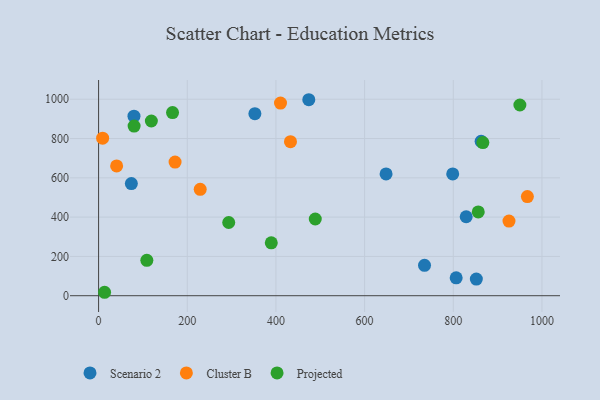
{"axis": {"x": "Study Hours", "y": "Yield"}, "legend": ["Cluster B", "Projected", "Scenario 2"], "data": [{"x": "806.5", "y": 90.9, "type": "Scenario 2"}, {"x": "73.9", "y": 570.7, "type": "Scenario 2"}, {"x": "829.1", "y": 402.0, "type": "Scenario 2"}, {"x": "648.4", "y": 619.6, "type": "Scenario 2"}, {"x": "79.8", "y": 914.0, "type": "Scenario 2"}, {"x": "735.1", "y": 154.5, "type": "Scenario 2"}, {"x": "852.0", "y": 84.7, "type": "Scenario 2"}, {"x": "798.7", "y": 620.0, "type": "Scenario 2"}, {"x": "862.8", "y": 786.0, "type": "Scenario 2"}, {"x": "352.5", "y": 926.3, "type": "Scenario 2"}, {"x": "474.1", "y": 997.5, "type": "Scenario 2"}, {"x": "967.1", "y": 504.8, "type": "Cluster B"}, {"x": "410.3", "y": 980.7, "type": "Cluster B"}, {"x": "229.2", "y": 541.5, "type": "Cluster B"}, {"x": "925.6", "y": 379.9, "type": "Cluster B"}, {"x": "432.8", "y": 784.2, "type": "Cluster B"}, {"x": "9.1", "y": 801.7, "type": "Cluster B"}, {"x": "40.7", "y": 660.8, "type": "Cluster B"}, {"x": "172.5", "y": 680.2, "type": "Cluster B"}, {"x": "119.0", "y": 889.3, "type": "Projected"}, {"x": "293.5", "y": 372.6, "type": "Projected"}, {"x": "80.1", "y": 863.2, "type": "Projected"}, {"x": "166.8", "y": 932.1, "type": "Projected"}, {"x": "856.3", "y": 426.5, "type": "Projected"}, {"x": "950.2", "y": 970.6, "type": "Projected"}, {"x": "866.7", "y": 779.6, "type": "Projected"}, {"x": "13.5", "y": 17.5, "type": "Projected"}, {"x": "108.8", "y": 180.1, "type": "Projected"}, {"x": "488.7", "y": 390.4, "type": "Projected"}, {"x": "389.5", "y": 269.4, "type": "Projected"}]}